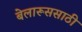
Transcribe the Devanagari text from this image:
बेलारूससाठी